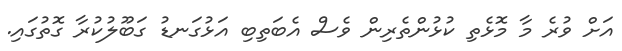
އަށް ވުރެ މާ މޮޅެތި ކުޅުންތެރިން ވެސް އެބަތިބި އަޅުގަނޑު ގަބޫލުކުރާ ގޮތުގައި.